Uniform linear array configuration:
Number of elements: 8
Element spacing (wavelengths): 1
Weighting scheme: uniform
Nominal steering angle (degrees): -60
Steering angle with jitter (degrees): -60.389
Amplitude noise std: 0.05
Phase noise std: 0.05

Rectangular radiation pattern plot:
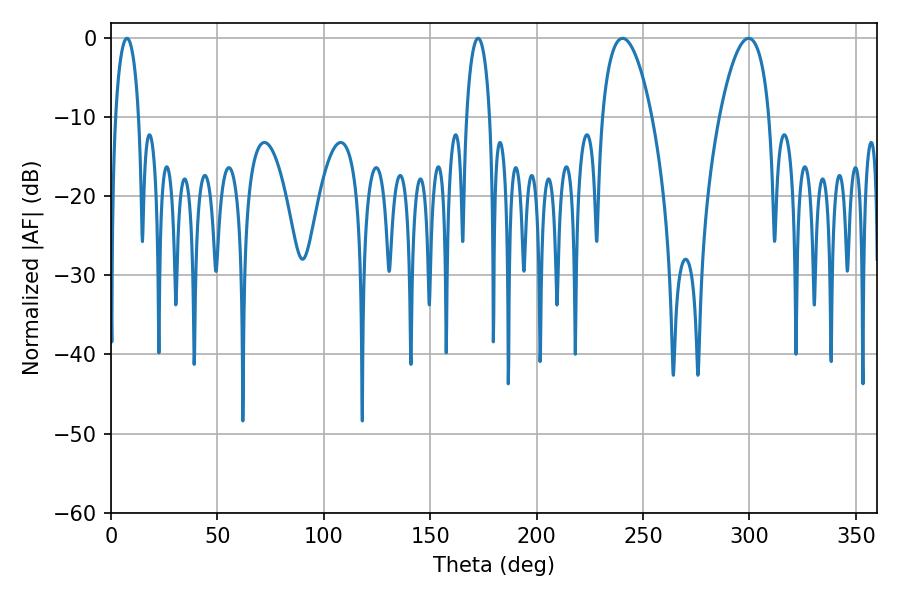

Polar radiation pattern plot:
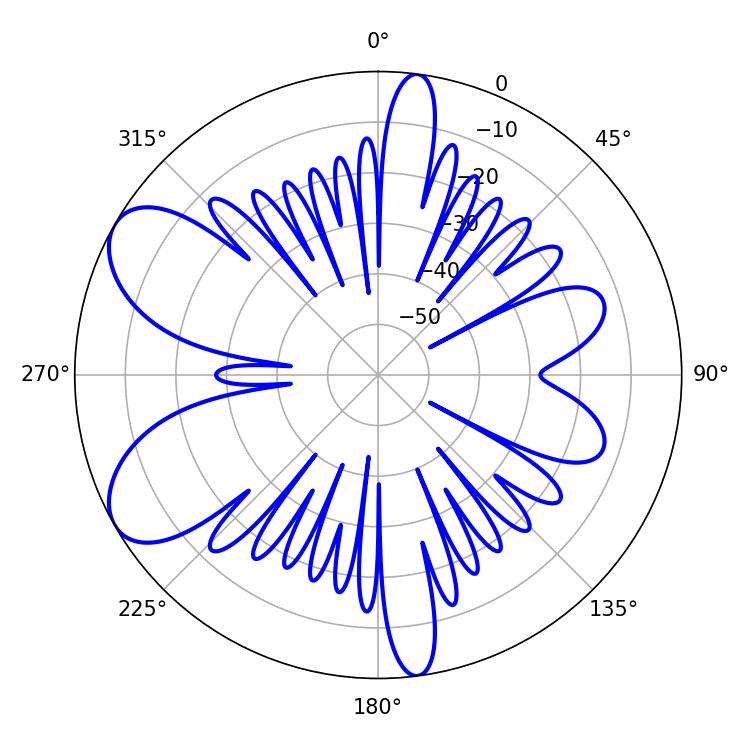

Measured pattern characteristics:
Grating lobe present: TRUE
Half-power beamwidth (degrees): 12.96
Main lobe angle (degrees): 240.3